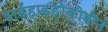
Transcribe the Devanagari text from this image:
डाईहाइड्रोकोडीन